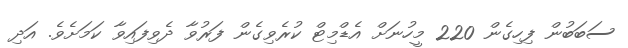
ސަބަބުން ފިހިގެން 220 މީހުނަށް އެޑްމިޓް ކުރެވިގެން ފަރުވާ ދެވިފައިވާ ކަމަށެވެ. އަދި